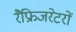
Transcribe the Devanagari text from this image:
रैफ्रिजरेटरों